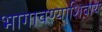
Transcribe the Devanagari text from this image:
भागावण्याशिवाय